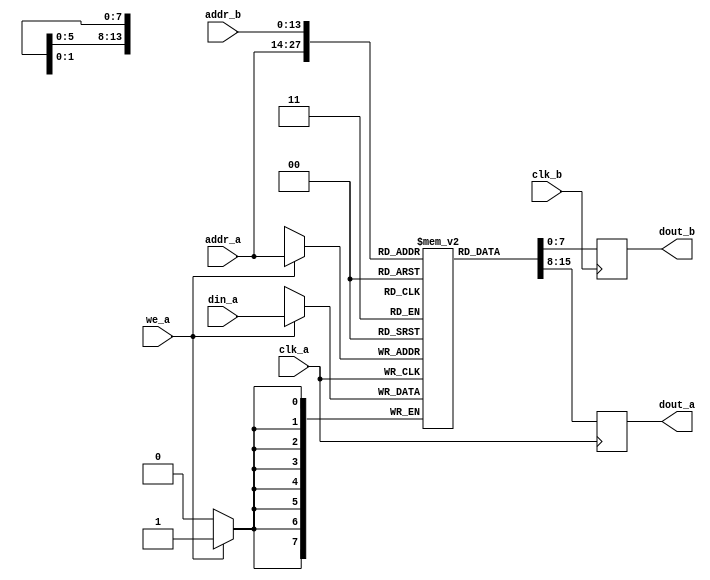
// This is BRAM with an extra read port, typically used for video memory
module dpram #(
  parameter MEM_INIT_FILE = "",
  parameter DATA_WIDTH = 8,
  parameter DEPTH = 16384,
  parameter ADDRESS_WIDTH = $clog2(DEPTH)
) (
  input                       clk_a,
  input                       we_a,
  input [ADDRESS_WIDTH-1:0]   addr_a,
  input [DATA_WIDTH-1:0]      din_a,
  output reg [DATA_WIDTH-1:0] dout_a,
  input                       clk_b,
  input [ADDRESS_WIDTH-1:0]   addr_b,
  output reg [DATA_WIDTH-1:0] dout_b
);

  reg [DATA_WIDTH-1:0] ram[0:DEPTH-1];

  initial
    if (MEM_INIT_FILE != "")
      $readmemh(MEM_INIT_FILE, ram);

  always @(posedge clk_a) begin
    if (we_a)
      ram[addr_a] <= din_a;
    dout_a <= ram[addr_a];
  end

  always @(posedge clk_b) begin
    dout_b <= ram[addr_b];
  end

endmodule